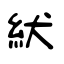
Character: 紎